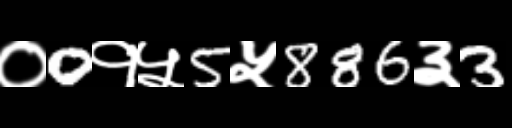
Text: ०0१५5५886३3